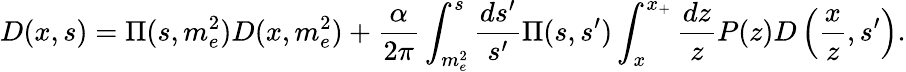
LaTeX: D(x,s)=\Pi(s,m_{e}^{2})D(x,m_{e}^{2})+{\frac{\alpha}{2\pi}}\int_{m_{e}^{2}}^{s}{\frac{ds^{\prime}}{s^{\prime}}}\Pi(s,s^{\prime})\int_{x}^{x_{+}}{\frac{dz}{z}}P(z)D\left({\frac{x}{z}},s^{\prime}\right).